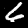
Label: 6